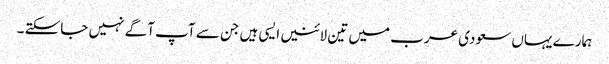
ہمارے یہاں سعودی عرب میں تین لائنیں ایسی ہیں جن سے آپ آگے نہیں جاسکتے ۔